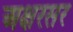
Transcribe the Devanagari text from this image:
अक्षरसर